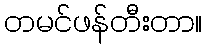
တမင်ဖန်တီးတာ။